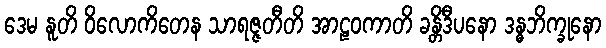
ဒေမ နူတိ ဝိလောကိတေန သာရဇ္ဇတီတိ အာဠဝကာတိ ခန္တိဒီပနော ဒန္ဓဘိက္ခုနော